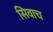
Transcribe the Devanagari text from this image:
सिवाच